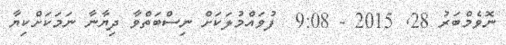
ނޮވެމްބަރު 28